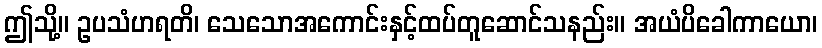
ဤသို့။ ဥပသံဟရတိ၊ သေသောအကောင်းနှင့်ထပ်တူဆောင်သနည်း။ အယံပိခေါကာယော၊